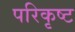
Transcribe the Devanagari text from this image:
परिकृष्ट